Civil Veterinary Department Bengal reports 1923-33 - 1923-1933
Year: 1923
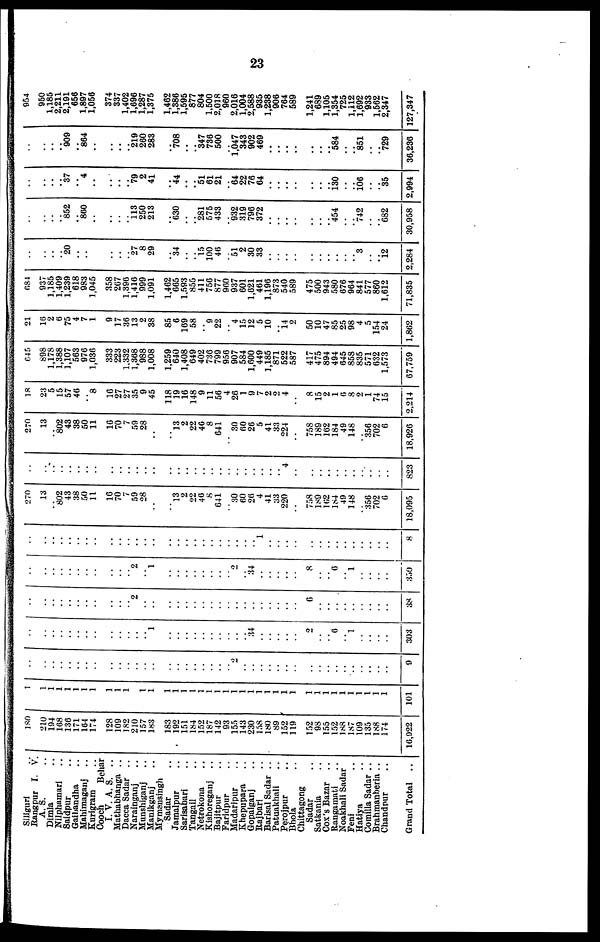
23
Siligurl ..
Rangpur I. V.
A. S.
Dimla ..
Nilphamari ..
Saidpur ..
Gaibandha ..
Mahimaganj ..
Kurigram ..
Cooch
Behar
I. V. A. S.
..
Mathabhanga ..
Dacca Sadar
..
Narainganj ..
Munshiganj ..
Manikganj ..
Mymansingh
Sadar
Jamalpur ..
Sarisabari ..
Tangail ..
Netrokona ..
Kishoreganj ..
Bajitpur ..
Faridpur ..
Madaripur ..
Khepupara ..
Gopalganj ..
Rajbari ..
Barisal Sadar ..
Patuakhali ..
Perojpur ..
Bhola ..
Chittagong
Sadar ..
Satkania ..
Cox's Bazar
..
Rangamati ..
Noakhali Sadar
Feni ..
Hatiya ..
Comilla Sadar ..
Brahmanberia ..
Chandpur ..
Grand Total
..
180
210
194
168
136
171
164
174
128
109
182
210
157
183
183
192
151
184
152
187
142
93
155
143
230
158
180
89
152
119
152
98
155
152
188
187
109
135
188
174
16,922
1
1
1
1
1
1
1
1
1
1
1
1
1
1
1
1
1
1
1
1
1
1
1
1
1
1
1
1
1
1
1
1
1
1
1
1
1
1
1
101
..
..
..
..
..
..
..
..
..
..
..
..
..
..
..
..
..
..
..
..
.. 2
..
..
..
..
..
..
..
..
..
..
..
..
..
..
..
..
..
9
..
..
..
..
..
..
..
..
..
..
..
.. 1
..
..
..
..
..
..
..
..
..
.. 34
..
..
..
..
..
2
..
.. 6
.. 1
..
..
..
..
303
..
..
..
..
..
..
..
..
..
..
2
..
..
..
..
..
..
..
..
..
..
..
..
..
..
..
..
..
..
6
..
..
..
..
..
..
..
..
..
38
..
..
..
..
..
..
..
..
..
..
2
.. 1
..
..
..
..
..
..
..
.. 2
.. 34
..
..
..
..
..
8
..
.. 6
.. 1
..
..
..
..
350
..
..
..
..
..
..
..
..
..
..
..
..
..
..
..
..
..
..
..
..
..
..
.. 1
..
..
..
..
..
..
..
..
..
..
..
..
..
..
8
270
13
.. 802
43
38
50
11
16
70
7
59
28
..
..
13
2
22
46
8
641
.. 30
60
26
4
41
33
220
..
758
189
162
184
49
148
.. 356
702
6
18,095
..
..
..
..
..
..
..
..
..
..
..
..
..
..
..
..
..
..
..
..
..
..
..
..
..
..
.. 4
..
..
..
..
..
..
..
..
..
..
..
823
270
13
.. 802
43
38
50
11
16
70
7
59
28
..
..
13
2
22
46
8
641
.. 30
60
26
5
41
33
224
..
758
189
162
184
49
148
.. 356
702
6
18,926
18
23
5
15
57
46
.. 8
16
27
27
35
9
45
118
19
16
148
9
11
56
4
26
1
9
7
2
2
4
..
8
15
2
1
6
8
2
1
74
15
2,214
645
898
1,178
1,388
1,107
563
976
1,036
333
223
1,332
1,368
988
1,008
1,259
640
1,408
649
402
736
799
956
907
584
1,600
449
1,185
871
522
587
417
475
894
494
645
858
835
571
632
1,573
67,759
21
16
2
6
75
4
7
1
9
17
36
13
2
38
85
6
169
58
.. 9
22
.. 4
15
12
5
10
.. 14 2
50
10
47
85
25
98
4
5
154
24
1,862
684
937
1,185
1,409
1,239
618
983
1,045
358
267
1,396
1,416
999
1,091
1,462
665
1.593
855
411
756
877
960
937
601
1,621
461
1,196
873
540
589
475
500
943
580
676
964
841
577
860
1,612
71,835
..
..
..
.. 20
..
..
..
..
..
27
8
29
..
34
..
.. 15
100
46
.. 51
2
30
33
..
..
..
..
..
..
..
..
..
.. 3
..
.. 12
2,284
..
..
..
.. 852
.. 860
..
..
..
113
250
213
..
630
..
.. 281
575
433
.. 932
319
796
372
..
..
..
..
..
..
.. 454
..
.. 742
..
.. 682
30,958
..
..
..
.. 37
.. 4
..
..
..
79
2
41
..
44
..
.. 51
61
21
.. 64
22
76
64
..
..
..
..
..
..
.. 130
..
.. 106
..
.. 35
2,994
..
..
..
.. 909
.. 864
..
..
..
219
260
283
..
708
..
.. 347
736
500
.. 1,047
343
902
469
..
..
..
..
..
..
.. 584
..
.. 851
..
.. 729
36,236
954
950
1,185
2,211
2,191
656
1,897
1,056
374
337
1,402
1,696
1,287
1,375
1,462
1,386
1,595
877
804
1,500
2,018
960
2,016
1,004
2,588
935
1,238
906
764
589
1,241
689
1,105
1,354
725
1,112
1,692
933
1,562
2,347
127,347